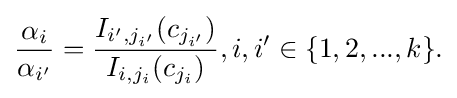
{\begin{aligned}{\frac {\alpha _{i}}{\alpha _{i'}}}={\frac {I_{i',j_{i'}}(c_{j_{i'}})}{I_{i,j_{i}}(c_{j_{i}})}},i,i'\in \{1,2,...,k\}.\end{aligned}}